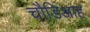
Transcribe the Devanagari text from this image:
चौडिआह